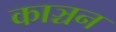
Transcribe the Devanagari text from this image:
काञ्चन